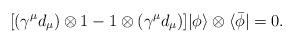
LaTeX: \begin{align*}\lbrack (\gamma ^\mu {d}_\mu )\otimes 1-1\otimes (\gamma ^\mu {d}_\mu)]|\phi \rangle \otimes \langle \bar \phi |=0. \end{align*}